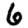
Digit: 6